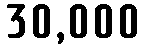
30,000